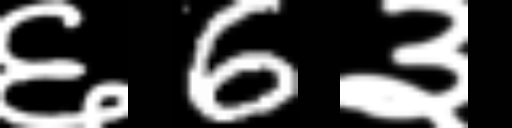
Text: ६6३